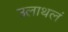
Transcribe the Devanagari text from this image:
उलाथलं